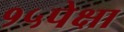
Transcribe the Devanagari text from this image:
१५पेक्षा